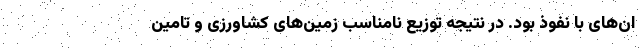
ان‌های با نفوذ بود. در نتیجه توزیع نامناسب زمین‌های کشاورزی و تامین